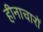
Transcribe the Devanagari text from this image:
हीनाचारों